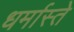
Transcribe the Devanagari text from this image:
धर्मास्ते